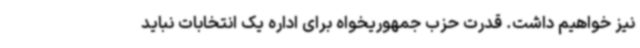
نیز خواهیم داشت. قدرت حزب جمهوریخواه برای اداره یک انتخابات نباید